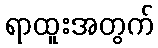
ရာထူးအတွက်